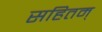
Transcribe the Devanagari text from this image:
सहितम्